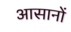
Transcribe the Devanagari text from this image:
आसानों